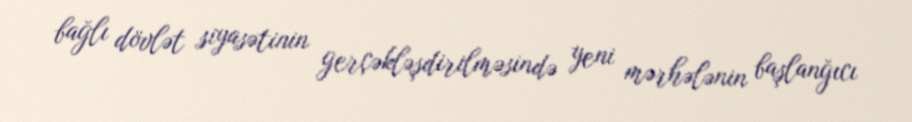
bağlı dövlət siyasətinin gerçəkləşdirilməsində yeni mərhələnin başlanğıcı